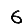
Digit: 6